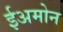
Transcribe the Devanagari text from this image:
ईअमोन